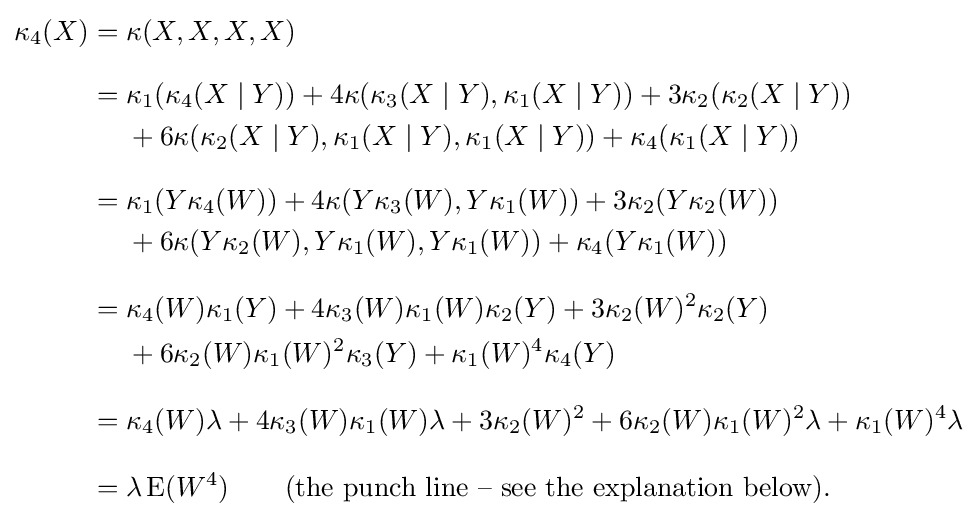
{\begin{aligned}\kappa _{4}(X)={}&\kappa (X,X,X,X)\\[8pt]={}&\kappa _{1}(\kappa _{4}(X\mid Y))+4\kappa (\kappa _{3}(X\mid Y),\kappa _{1}(X\mid Y))+3\kappa _{2}(\kappa _{2}(X\mid Y))\\&{}+6\kappa (\kappa _{2}(X\mid Y),\kappa _{1}(X\mid Y),\kappa _{1}(X\mid Y))+\kappa _{4}(\kappa _{1}(X\mid Y))\\[8pt]={}&\kappa _{1}(Y\kappa _{4}(W))+4\kappa (Y\kappa _{3}(W),Y\kappa _{1}(W))+3\kappa _{2}(Y\kappa _{2}(W))\\&{}+6\kappa (Y\kappa _{2}(W),Y\kappa _{1}(W),Y\kappa _{1}(W))+\kappa _{4}(Y\kappa _{1}(W))\\[8pt]={}&\kappa _{4}(W)\kappa _{1}(Y)+4\kappa _{3}(W)\kappa _{1}(W)\kappa _{2}(Y)+3\kappa _{2}(W)^{2}\kappa _{2}(Y)\\&{}+6\kappa _{2}(W)\kappa _{1}(W)^{2}\kappa _{3}(Y)+\kappa _{1}(W)^{4}\kappa _{4}(Y)\\[8pt]={}&\kappa _{4}(W)\lambda +4\kappa _{3}(W)\kappa _{1}(W)\lambda +3\kappa _{2}(W)^{2}+6\kappa _{2}(W)\kappa _{1}(W)^{2}\lambda +\kappa _{1}(W)^{4}\lambda \\[8pt]={}&\lambda \operatorname {E} (W^{4})\qquad {\text{(the punch line -- see the explanation below).}}\end{aligned}}